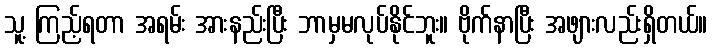
သူ့ ကြည့်ရတာ အရမ်း အားနည်းပြီး ဘာမှမလုပ်နိုင်ဘူး။ ဗိုက်နာပြီး အဖျားလည်းရှိတယ်။